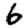
Digit: 6